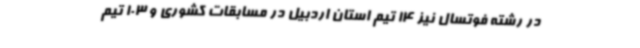
در رشته فوتسال نیز 14 تیم استان اردبیل در مسابقات کشوری و 103 تیم